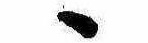
ゝ